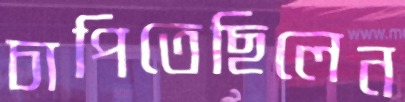
চাপিতেছিলেন